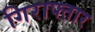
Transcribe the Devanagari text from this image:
गिराफ्तार